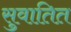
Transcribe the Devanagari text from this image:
सुवातित